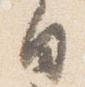
白